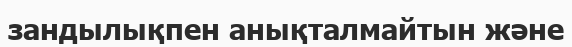
зандылықпен анықталмайтын және